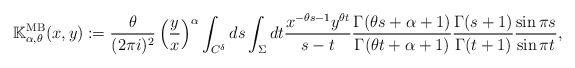
LaTeX: \begin{align*}\mathbb K_{\alpha,\theta}^{\textrm{MB}}(x,y) := \frac{\theta}{(2\pi i)^2} \left( \frac{y}{x} \right)^{\alpha} \int_{C^{\delta}} ds \int_{\Sigma} dt \frac{x^{-\theta s -1} y^{\theta t}}{s-t} \frac{\Gamma(\theta s+\alpha+1)}{\Gamma(\theta t+\alpha+1)} \frac{\Gamma(s+1)}{\Gamma(t+1)} \frac{\sin \pi s}{\sin \pi t},\end{align*}